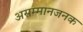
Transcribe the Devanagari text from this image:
असम्मानजनक